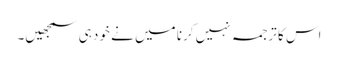
اس کا ترجمہ نہیں کرنا میں نے خود ہی سمجھیں۔